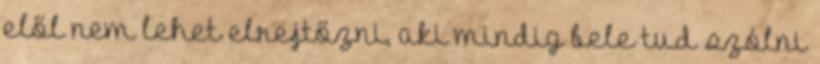
elől nem lehet elrejtőzni, aki mindig bele tud szólni